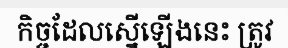
កិច្ចដែលស្នើឡើងនេះ ត្រូវ